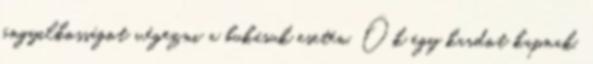
öngyilkosságot végezni a bukásuk esetén. Ők egy kardot kapnak.